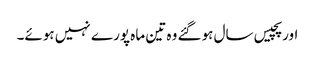
اور پچیس سال ہوگئے وہ تین ماہ پورے نہیں ہوئے۔